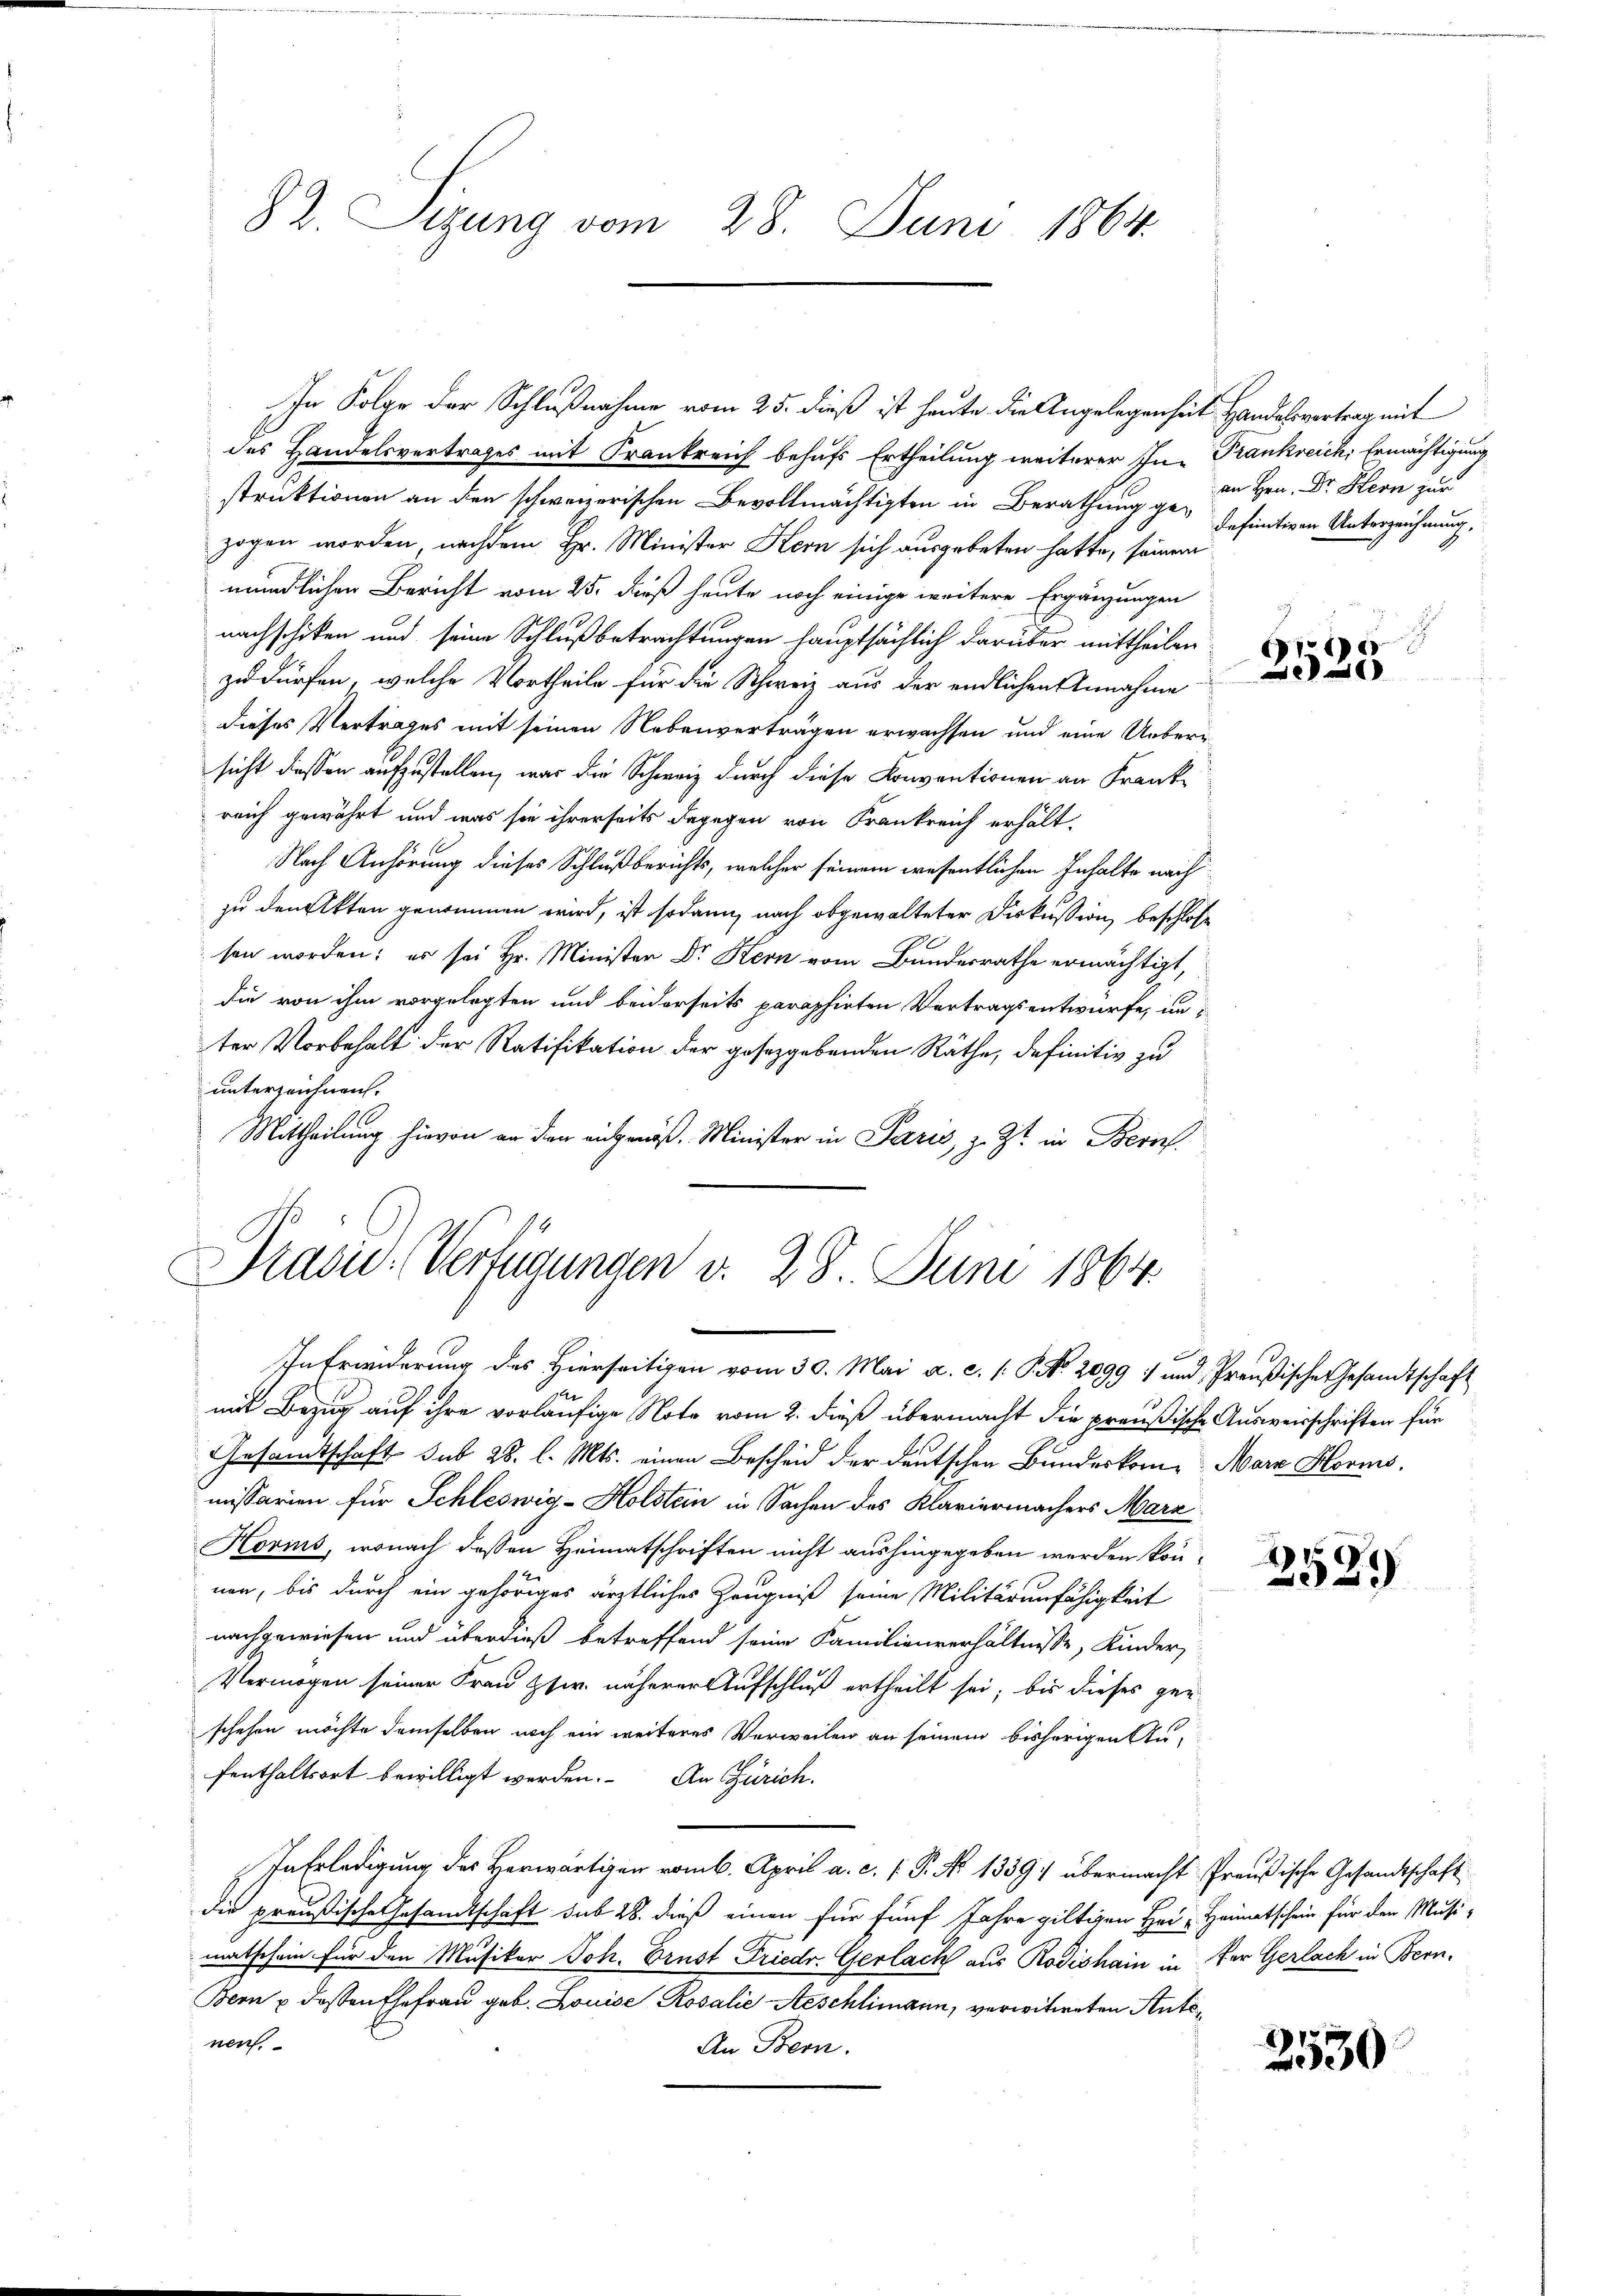
82. Sitzung vom 28. Juni 1864.

In Folge der Schlußnahme vom 25. dieß ist heute die Angelegenheit Handelsvortrag mit
des Handelsvertrages mit Frankreich behufs Ertheilung weiterer In- Trankreich, Ermächtigung
struktionen an den schweizerischen Bevollmächtigten in Berathung ge- definitiven Unterzeichnung
zogen worden, nachdem Hr. Minister Kern sich ausgebeten hatte, seinem
mündlichen Bericht vom 25. dieß heute noch einige weitere Ergänzungen
nachschiken und seine Schlußbetrachtungen hauptsächlich darüber mittheilen
zu dürfen, welche Vortheile für die Schweiz aus der endlichen Annahme
dieses Vertrages mit seinen Nebenverträgen erwachsen und eine Uebersicht dessen aufzustellen, was die Schweiz durch diese Conventionen an Frankreich gewährt und was sie ihrerseits dagegen von Frankreich erhält-
Nach Anhörung dieses Schlußberichts, welcher seinem wesentlichen Inhalte nach
zu den Akten genommen wird, ist sodann nach abgewalteter Diskussion beschlosse
sen worden; es sei Hr. Minister Dr. Kern vom Bundesrathe ermächtigt,
die von ihm vorgelegten und beiderseits paraphirten Vertragsentwurfe, un
ter Vorbehalt der Ratifikation der gesetzgebenden Räthe, definitiv zu
unterzeichnen.
Mittheilung hievon an den angenöß. Minister in Paris, z. Zt. in Beruf
Präsid. Verfügungen d. 28. Juni 1864.

mit Bezug auf ihre vorläufige Note vom 2. dieß übermacht die preußische Ausweisschriften für
Gesamtschaft sub 28. l. Mts. einen Bescheid der deutschen Bundeskom- Mark Horms.
missarien für Schleswig-Holstein in Sachen des Klaviermachers Marz
Horms, wonach dessen Heimatschriften nicht aushingegeben werden können, bis durch ein gehöriges ärztliches Zeugniß seine Militärunfähigkeit
nachgewiesen und überdieß betreffend seine Familienverhältnisse, Kinder,
Vermögen seiner Frau Zsw. näherer Aufschluß ertheilt sei; bis dieses gen
schehen möchte demselben noch ein weiteres Verweilen an seinem bisherigen Aufenthaltsort bewilligt werden. An Zürich.
In Erledigung des Herwärtiger vom 6. April a. c. P. No 1339) übermacht Preußische Gesandtschaft
die preußische Gesamtschaft sub 28. dieß einen für fünf Jahre giltigen Hei - Heimatschein für den Musi-
matschein für den Musiker Joh. Brust Friedr. Gerlach aus Rodishain in der Gerlach in Bern.
Bern u dessen Ehefrau geb. Louise Rosalie Aeschlingen, verwitweten Antsnen.
An Bern.

n
In Erwiderung des Hierseitigen vom 30. Mai a. c. /: P. Nr. 20991 und Preußische Gesandtschaft

an Hrn. Dr. Stern zur

15
2550

.
2029

2530